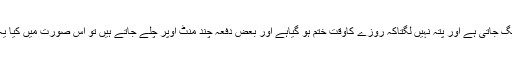
پھر بعض دفعہ غلطی لگ جاتی ہے اور پتہ نہیں لگتاکہ روزے کاوقت ختم ہو گیاہے اور بعض دفعہ چند منٹ اوپر چلے جاتے ہیں تو اس صورت میں کیا یہ روزہ جائز ہے یانہیں۔